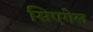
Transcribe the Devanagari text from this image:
सिएगेल